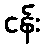
ငန်း